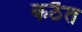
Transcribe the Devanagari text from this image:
कठैत